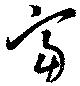
富